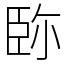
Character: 䑐